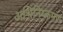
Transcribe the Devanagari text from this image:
अभिनिष्क्रमण